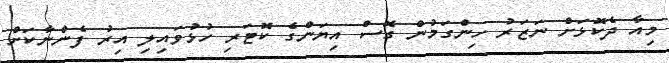
މިއާ ދެކޮޅަށް ނަޒަރު ހިންގަމުން ގޮސް އިޔަންގެ ކޮޓަރި ހުޅުވައިލި އިރު ފެންނާކަށް